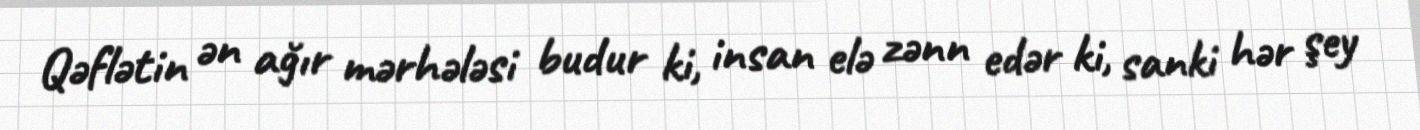
Qəflətin ən ağır mərhələsi budur ki, insan elə zənn edər ki, sanki hər şey